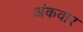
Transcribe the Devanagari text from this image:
अंकवार